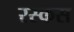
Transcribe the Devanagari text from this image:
रस्कस